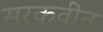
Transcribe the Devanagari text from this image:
सरकवीत